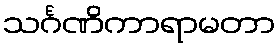
သင်္ဂဏိကာရာမတာ